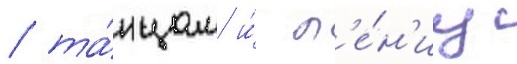
/ та́нцам и́ п'е́н'иу